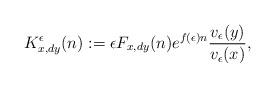
LaTeX: \begin{align*}K_{x,dy}^{\epsilon}(n):= \epsilon F_{x,dy}(n)e^{f(\epsilon)n} \frac{v_{\epsilon}(y)}{v_{\epsilon}(x)},\end{align*}